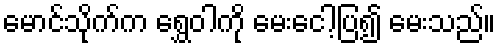
မောင်သိုက်က ရွှေဝါကို မေးငေါ့ပြ၍ မေးသည်။